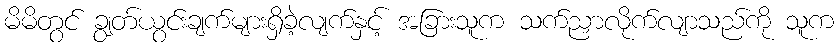
မိမိတွင် ချွတ်ယွင်းချက်များရှိခဲ့လျက်နှင့် အခြားသူက သက်ညှာလိုက်လျာသည်ကို သူက